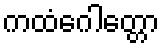
ကထံဂေါတ္တော